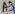
Text: A3